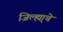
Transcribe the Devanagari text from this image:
जिल्ह्या्चे